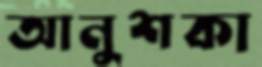
আনুশকা